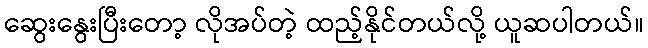
ဆွေးနွေးပြီးတော့ လိုအပ်တဲ့ ထည့်နိုင်တယ်လို့ ယူဆပါတယ်။